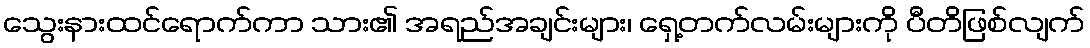
သွေးနားထင်ရောက်ကာ သား၏ အရည်အချင်းများ၊ ရှေ့တက်လမ်းများကို ပီတိဖြစ်လျက်